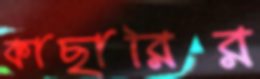
কাছারির